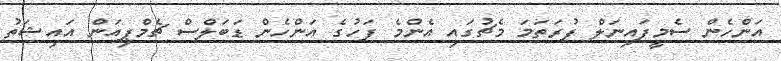
އަންހެން ސެމީފައިނަލް ފުރަތަމަ މެޗުގައި އެންމެ ފަހުގެ އަންހެން ޑަބަލްސް ޗެމްޕިއަން އައިޝަތު